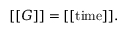
[ [ G ] ] = [ [ \mathrm { t i m e } ] ] .